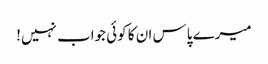
میرے پاس ان کا کوئی جواب نہیں!